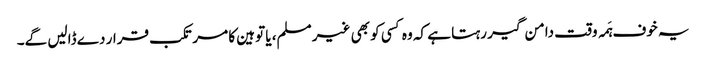
یہ خوف ہَمہ وقت دامن گیر رہتا ہے کہ وہ کسی کو بھی غیر مسلم، یا توہین کا مرتکب قرار دے ڈالیں گے۔